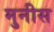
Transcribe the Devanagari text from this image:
मुनीस